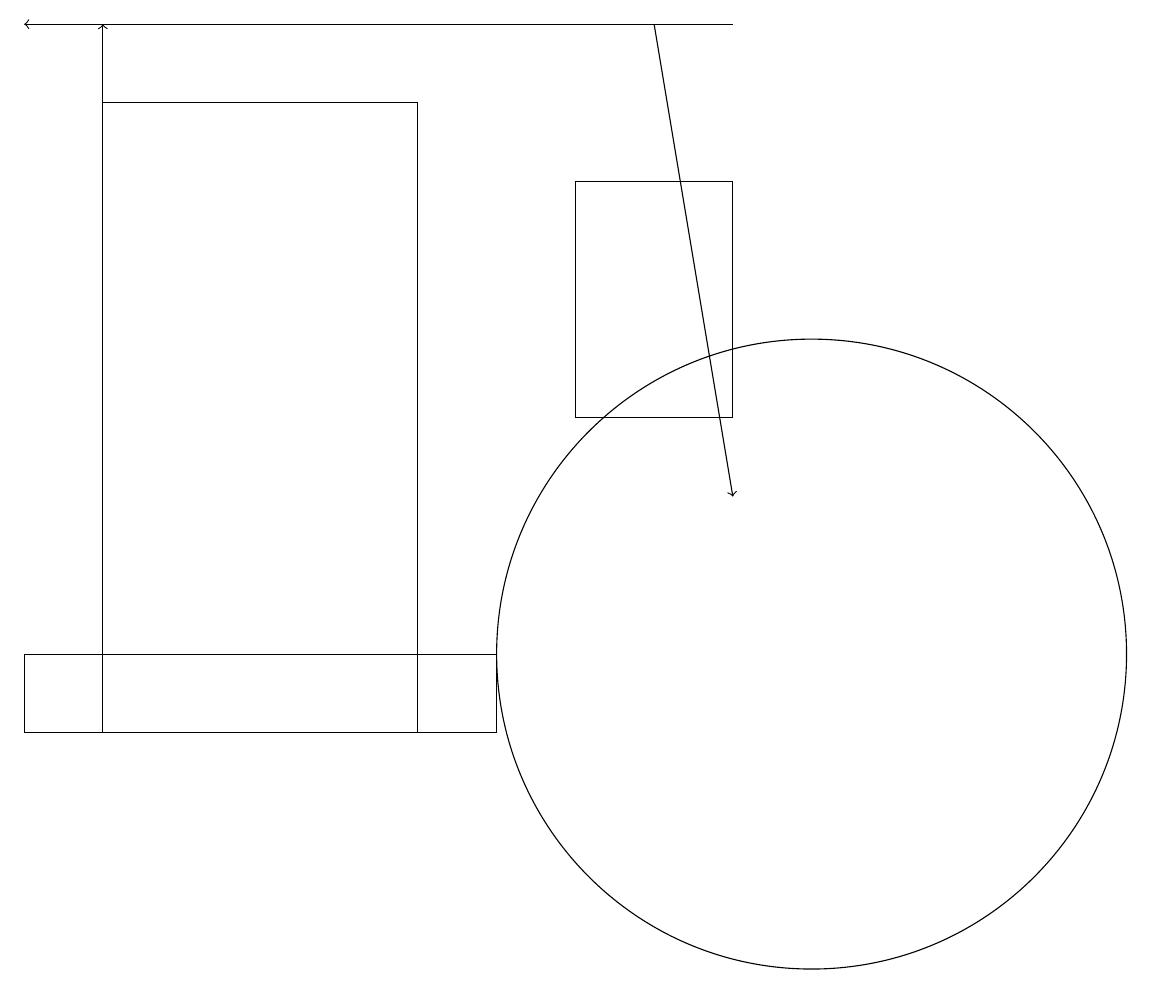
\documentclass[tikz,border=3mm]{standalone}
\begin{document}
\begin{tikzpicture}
\draw[->] (9,19) -- (0,19);
\draw (0,11) rectangle (6,10);
\draw[->] (8,19) -- (9,13);
\draw (7,14) rectangle (9,17);
\draw (10,11) circle (4);
\draw (1,18) rectangle (5,10);
\draw[->] (1,12) -- (1,19);
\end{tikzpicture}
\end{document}